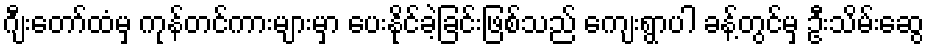
ဂျီးတော်ထံမှ ကုန်တင်ကားများမှာ ပေးနိုင်ခဲ့ခြင်းဖြစ်သည် ကျေးရွာပါ ခန့်တွင်မှ ဦးသိမ်းဆွေ